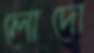
লোদো